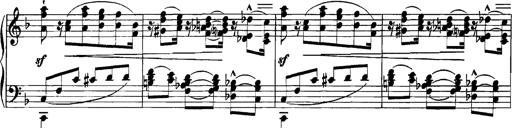
Title: Grandes Etudes
Composer: Franz Liszt